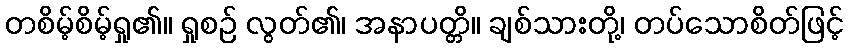
တစိမ့်စိမ့်ရှု၏။ ရှုစဉ် လွတ်၏၊ အနာပတ္တိ။ ချစ်သားတို့၊ တပ်သောစိတ်ဖြင့်